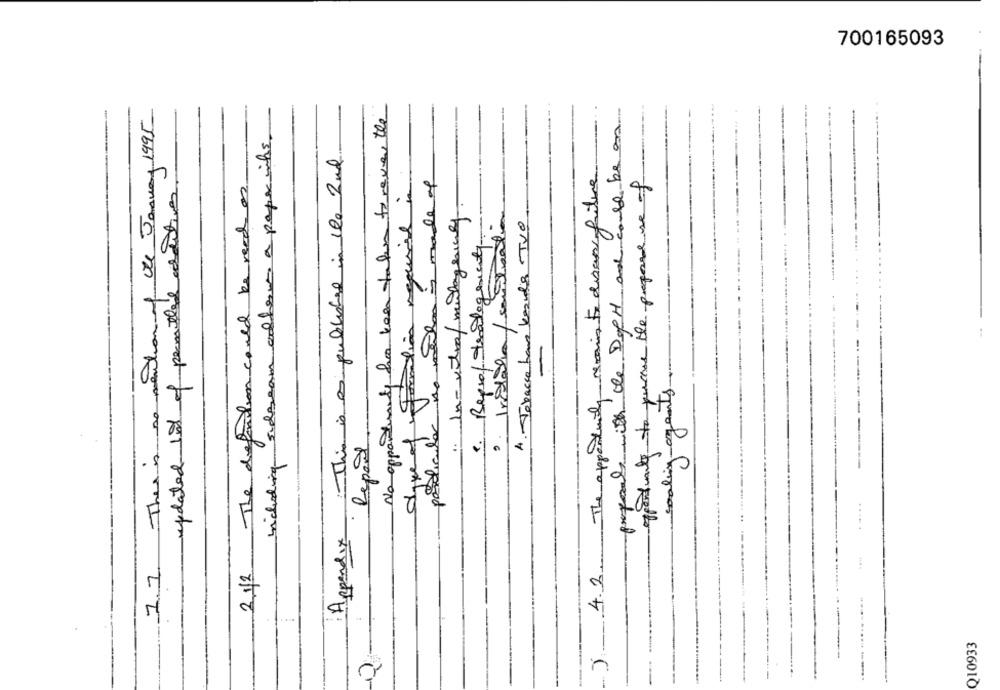
700165093
No opportunity has been taken forever the
7.7. There is no mention of the January 1995
proport with the DopeH and could be an
including sideseam otherm a paper its
This is as published in the 2nd
14.2. The apportunity remain to disas faiture
2.1/2 The definition could be read on
made of
opportunity to peace the pagare se of
of formation requise in
updated lot of permitted additives
4 .- Tabacca han kesula TVO
1. Reprof tradegenety
cooling-agents
pasoículas
Report.
....
Appendix
Q10933